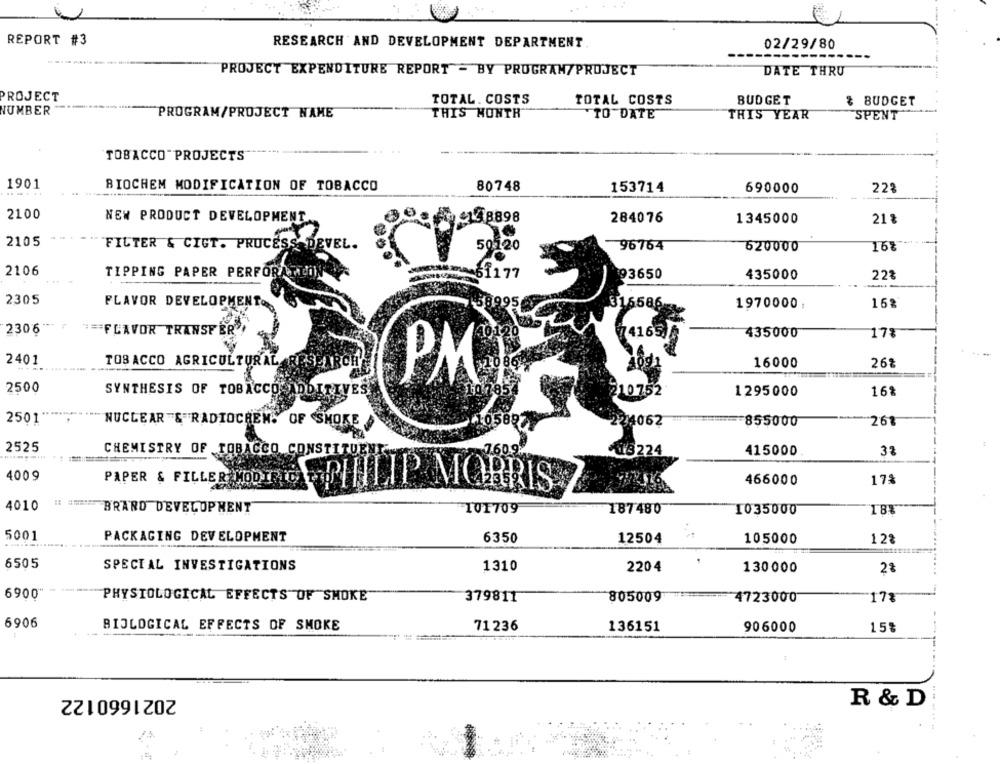
REPORT #3
RESEARCH AND DEVELOPMENT DEPARTMENT
02/29/80
PROJECT EXPENDITURE REPORT - BY PRUGRAN/PROJECT
DATE THRU
PROJECT
TOTAL. COSTS
TOTAL COSTS
BUDGET
& BUDGET
NUMBER
PROGRAM/PROJECT NAME
THIS MONTH"
SPENT
TO DATE
THIS YEAR
TOBACCO"PROJECTS
1901
BIOCHEM MODIFICATION OF TOBACCO
80748
153714
690000
223
2100
NEW PRODUCT DEVELOPMENT
158898
284076
1345000
21 %
2105
FILTER & CIGT. PROCESS DEVEL.
50120
96764
620000
16%
2106
TIPPING PAPER PERFORA TED
1177
93650
435000
22%
2305
FLAVOR DEVELOPMENTOR
1970000:
2306"
# == FLAVOR TRANSFER
435000
17%
14165)
2401
TOBACCO AGRICULTURAL
SEARCH'
16000
262
PM
2500
SYNTHESIS OF TOBACCO ADDITIVES
10752
1295000
16%
2501'
"NUCLEAR "&"RADIOCREN. OF SMOKE
224062
855000
268
2525
CHEMISTRY OF TOBACCO CONSTITUEN
03224
415000
4009
466000
17%
PAPER & FILLER CODE CSPHILIP MORRIS
4010
: BRAND DEVELOPMENT
101709
187480
1035000
18%
5001
PACKAGING DEVELOPMENT
6350
12504
105000
1.22
6505
SPECIAL INVESTIGATIONS
1310
2204
130000
6900
PHYSIOLOGICAL EFFECTS OF SMOKE
379811
805009
4723000
17%
6906
BIOLOGICAL EFFECTS OF SMOKE
71236
15$
136151
906000
2021660122
R & D;
----.-